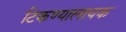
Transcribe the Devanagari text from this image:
टिकण्यालायक